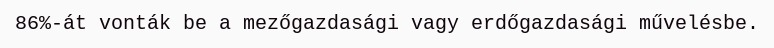
86%-át vonták be a mezőgazdasági vagy erdőgazdasági művelésbe.